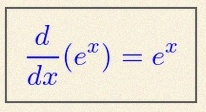
\frac{d}{dx}(e^x)=e^x